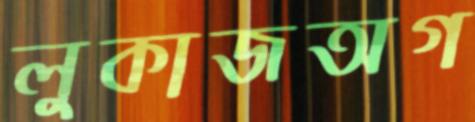
লুকাজঅগ